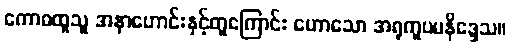
ကောဓထူသူ အနာဟောင်းနှင့်တူကြောင်း ဟောသော အရုကူပမနိဒ္ဒေသ။